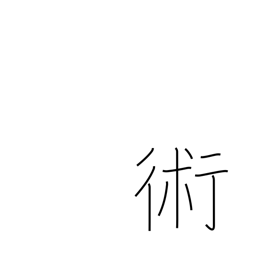
Meaning: art